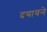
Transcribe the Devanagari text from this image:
दयावने